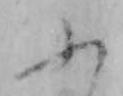
ふ